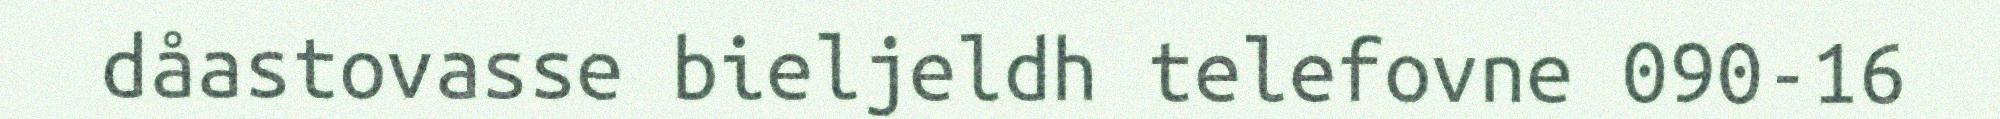
dåastovasse bieljeldh telefovne 090-16